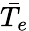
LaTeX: \bar{T_{e}}